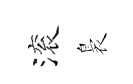
滚裊